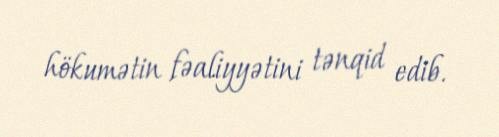
hökumətin fəaliyyətini tənqid edib.